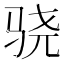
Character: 骁